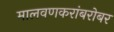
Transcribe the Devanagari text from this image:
मालवणकरांबरोबर